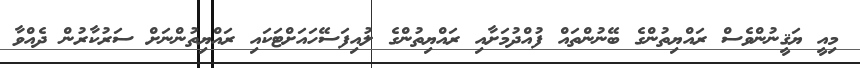
މިއީ ޔަޤީނުންވެސް ރައްޔިތުންގެ ބޭނުންތައް ފުއްދުމަށާއި ރައްޔިތުންގެ ލުއިފަސޭހައަށްޓަކައި ރައްޔިތުންނަށް ސަރުކާރުން ދެއްވާ